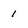
Character: 1